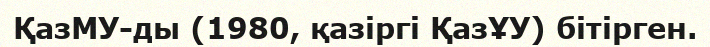
ҚазМУ-ды (1980, қазіргі ҚазҰУ) бітірген.